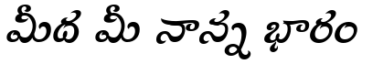
మీద మీ నాన్న భారం